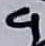
Text: 9